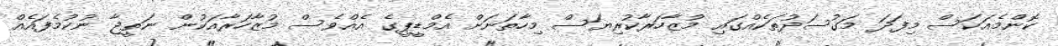
ކޮންމެއަކަސް މިފަދަ މަގުސަދުތަކެއްގައި މުޒާހަރާކުރިޔަސް މިހާތަނަށް އެމްޑީޕީގެ އެއްވެސް މުޒާހަރާއަކުން ނަތީޖާ ނުކުމެފައެއް